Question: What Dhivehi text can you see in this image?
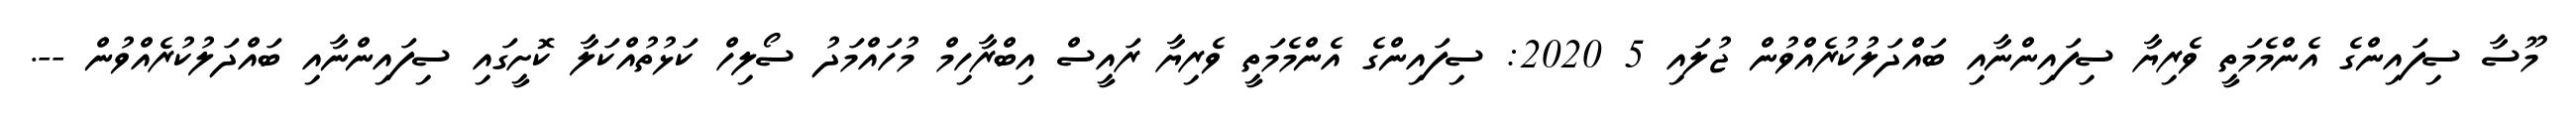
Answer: މޫސާ ސިފައިންގެ އެންމެމަތީ ވެރިޔާ ސިފައިންނާއި ބައްދަލުކުރެއްވުން ޖުލައި 5 2020: ސިފައިންގެ އެންމެމަތީ ވެރިޔާ ރައީސް އިބްރާހިމް މުހައްމަދު ސޯލިހް ކަޅުތުއްކަލާ ކޮށީގައި ސިފައިންނާއި ބައްދަލުކުރެއްވުން --.